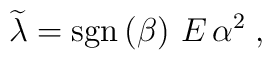
\widetilde{\lambda} = {\rm sgn} \left( \beta \right)\,   E \, \alpha^{2}\; ,